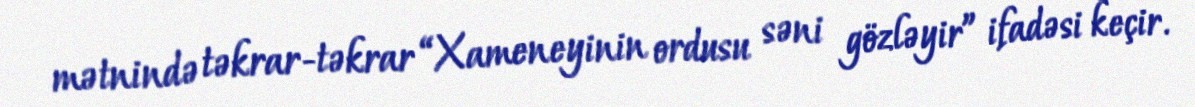
mətnində təkrar-təkrar “Xameneyinin ordusu səni gözləyir” ifadəsi keçir.